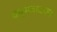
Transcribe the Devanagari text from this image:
कर्मवादाला